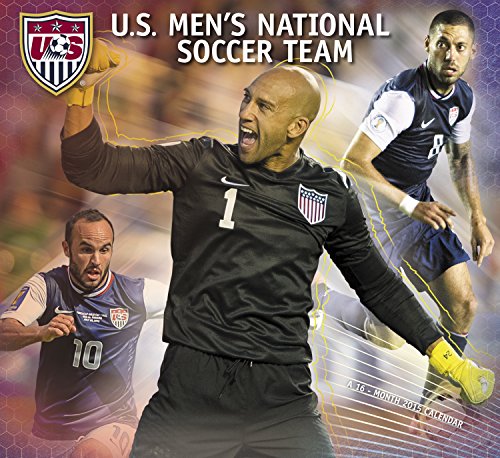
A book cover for US Men's National Soccer Wall Calendar (2015); Day Dream; Calendars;